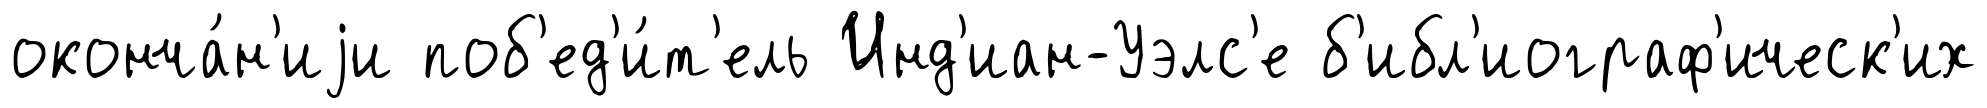
оконча́н'иjи поб'ед'и́т'ель Инд'иан-Уэлс'е б'ибл'иограф'ическ'их